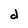
Character: d